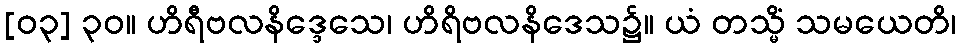
[၀၃] ၃၀။ ဟိရီဗလနိဒ္ဒေသေ၊ ဟိရိဗလနိဒေသ၌။ ယံ တသ္မိံ သမယေတိ၊